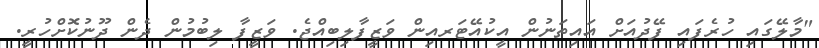
"މާލޭގައި ހުރެފައި ފޭދުއަށް އައިތަނުން އީކުއޭޓަރއިން ވަޒީފާލިބިއްޖެ. ވަޒީފާ ލިބުމުން ދެން ދޫނުކޮށްހުރީ.